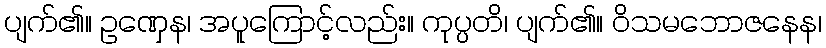
ပျက်၏။ ဥဏှေန၊ အပူကြောင့်လည်း။ ကုပ္ပတိ၊ ပျက်၏။ ဝိသမဘောဇနေန၊